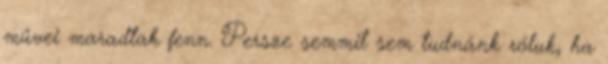
művei maradtak fenn. Persze semmit sem tudnánk róluk, ha